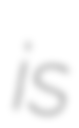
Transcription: is